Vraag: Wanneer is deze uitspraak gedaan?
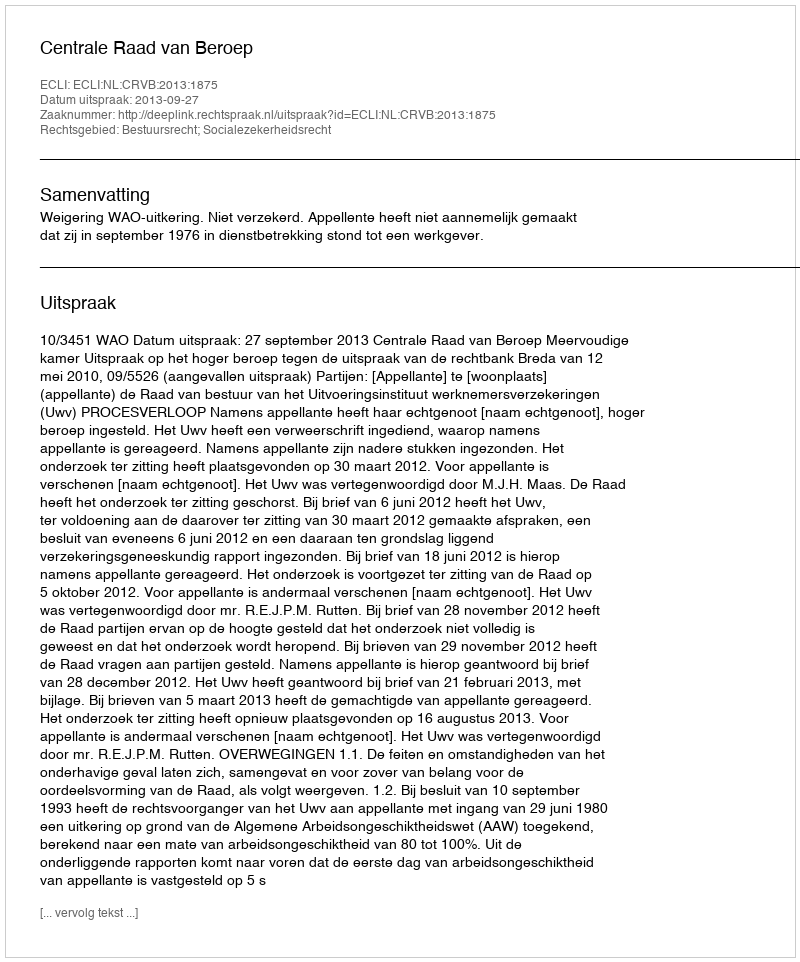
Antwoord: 2013-09-27